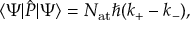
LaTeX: \langle \Psi \vert { \hat { P } } \vert \Psi \rangle = N _ { \mathrm { { a t } } } \hbar ( k _ { + } - k _ { - } ) ,